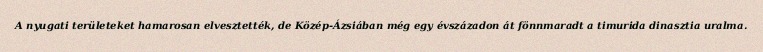
A nyugati területeket hamarosan elvesztették, de Közép-Ázsiában még egy évszázadon át fönnmaradt a timurida dinasztia uralma.